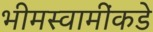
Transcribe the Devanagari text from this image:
भीमस्वामींकडे